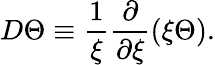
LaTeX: D\Theta\equiv\frac{1}{\xi}\frac{\partial}{\partial\xi}(\xi\Theta).